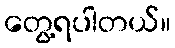
တွေ့ရပါတယ်။